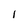
Character: l